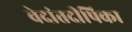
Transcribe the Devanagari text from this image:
वेदांतदीपिका